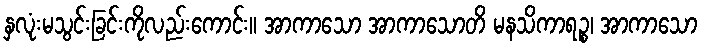
နှလုံးမသွင်းခြင်းကိုလည်းကောင်း။ အာကာသော အာကာသောတိ မနသိကာရဉ္စ၊ အာကာသော